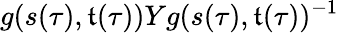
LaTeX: g(s(\tau),\mathfrak{t}(\tau))Yg(s(\tau),\mathfrak{t}(\tau))^{-1}